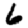
Digit: 6